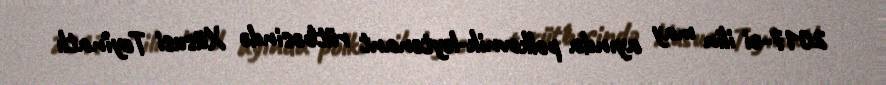
2017-ci ilin may ayında polkovnik-leytenant rütbəsində Xüsusi Təyinatlı